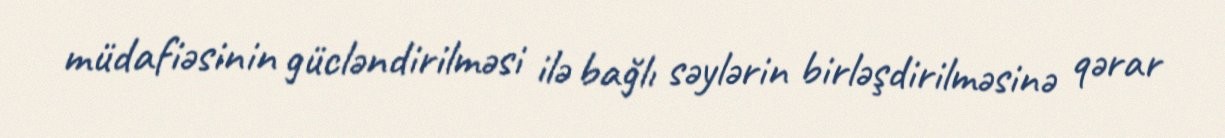
müdafiəsinin gücləndirilməsi ilə bağlı səylərin birləşdirilməsinə qərar